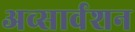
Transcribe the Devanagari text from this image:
अव्सार्वशन